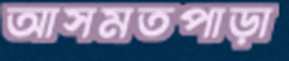
আসমতপাড়া